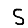
Digit: 5